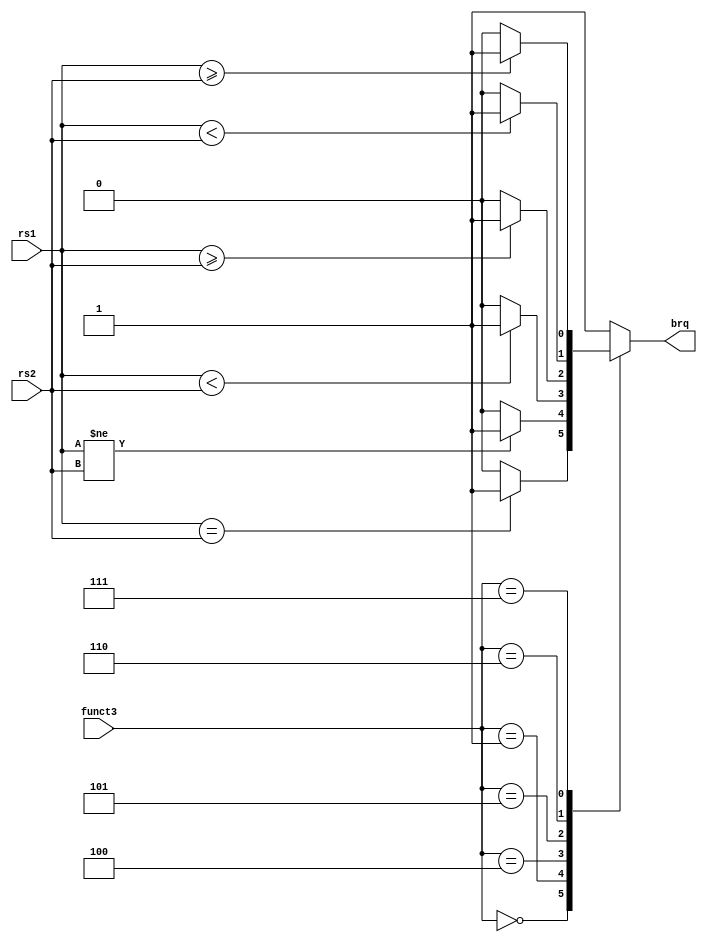
`timescale 1ns / 1ps
//////////////////////////////////////////////////////////////////////////////////
//
// 
// Design Name:    Branch_compare
// Module Name:    Branch_compare
// Project Name:   RISCV_RV32I_core
// Target Devices: Nexys 4 DDR 
// 
// Description: B type instruction comparison bw rs1 & rs2
//                       +---------------------+
//                   rs1-|                     |-> brq
//                   rs2-|       Branch        |
//                funct3-|      compare        |
//                       |                     |
//                       +---------------------+
//
//              capable of performing:
//              1. beq  - 000
//              2. bne  - 001
//              3. blt  - 100
//              4. bge  - 101
//              5. bltu - 110
//              6. bgeu - 111
// 
// Dependencies: none
// 
// Revision:
// Revision 0.01 - File Created
// Additional Comments:
// 
//////////////////////////////////////////////////////////////////////////////////


module Branch_compare(
    input wire [31:0] rs1,
    input wire [31:0] rs2,
    input wire [2:0] funct3,
    output reg brq
    );

    always @(rs1, rs2, funct3)
    begin
        case(funct3) 
            3'b000: brq = ($signed(rs1) == $signed(rs2)) ? 1 : 0;   //beq
            3'b001: brq = ($signed(rs1) != $signed(rs2)) ? 1 : 0;   //bne
            3'b100: brq = ($signed(rs1) <  $signed(rs2)) ? 1 : 0;   //blt
            3'b101: brq = ($signed(rs1) >= $signed(rs2)) ? 1 : 0;   //bge
            3'b110: brq = (rs1 <  rs2) ? 1 : 0;                     //bltu
            3'b111: brq = (rs1 >= rs2) ? 1 : 0;                     //bgeu

            default: brq = (rs1 == rs1) ? 1 : 0;
        endcase
    end
endmodule